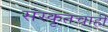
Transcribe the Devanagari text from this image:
संस्कृतचाही